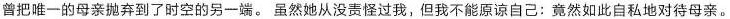
曾把唯一的母亲抛弃到了时空的另一端。虽然她从没责怪过我，但我不能原谅自己；竟然如此自私地对待母亲。